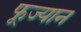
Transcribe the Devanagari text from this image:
फूज्यान